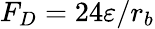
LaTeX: F_{D}=24\varepsilon/r_{b}